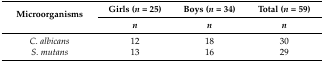
<table><thead><tr><td rowspan="2"><b>Microorganisms</b></td><td><b>Girls (<i>n</i> = 25)</b></td><td><b>Boys (<i>n</i> = 34)</b></td><td><b>Total (<i>n</i> = 59)</b></td></tr><tr><td><b><i>n</i></b></td><td><b><i>n</i></b></td><td><b><i>n</i></b></td></tr></thead><tbody><tr><td><i>C. albicans</i></td><td>12</td><td>18</td><td>30</td></tr><tr><td><i>S. mutans</i></td><td>13</td><td>16</td><td>29</td></tr></tbody></table>